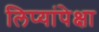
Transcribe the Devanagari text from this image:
लिप्यांपेक्षा